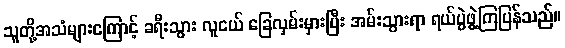
သူတို့အသံများကြောင့် ခရီးသွား လူငယ် ခြေလှမ်းမှားပြီး အမ်းသွားရာ ရယ်ပွဲဖွဲ့ကြပြန်သည်။